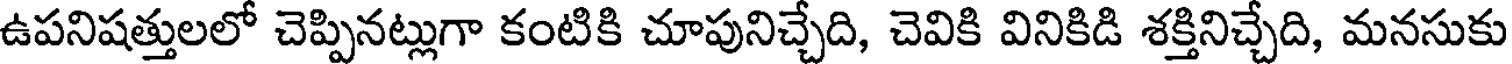
ఉపనిషత్తులలో చెప్పినట్లుగా కంటికి చూపునిచ్చేది, చెవికి వినికిడి శక్తినిచ్చేది, మనసుకు